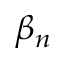
\beta _ { n }